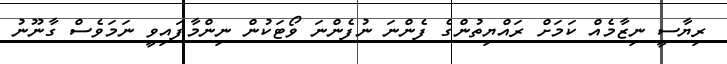
ރިޔާސީ ނިޒާމެއް ކަމަށް ރައްޔިތުންގެ ފެންނަ ނުފެންނަ ވޯޓަކުން ނިންމާފައިވީ ނަމަވެސް ގާނޫނު